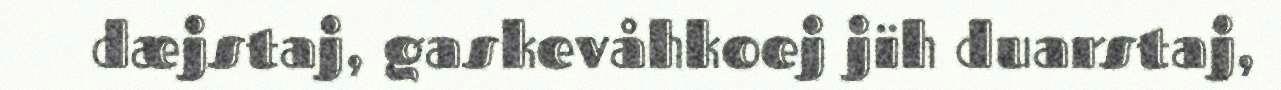
dæjstaj, gaskevåhkoej jïh duarstaj,